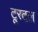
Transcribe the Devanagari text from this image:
टूरटल